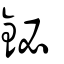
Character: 鉍